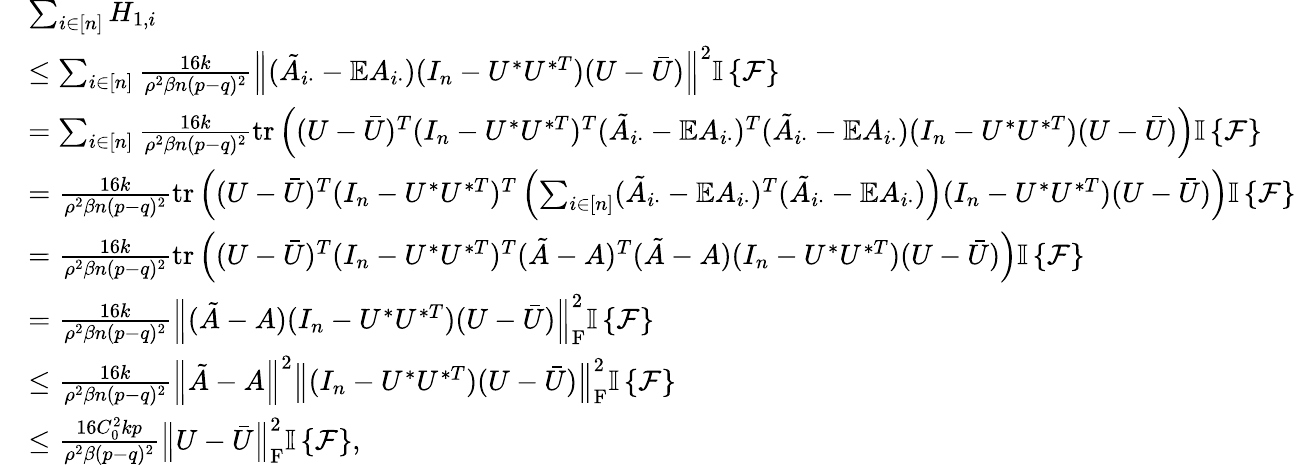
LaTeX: \begin{array}{rl}&{\sum_{i\in[n]}H_{1,i}}\\ &{\leq\sum_{i\in[n]}\frac{16k}{\rho^{2}\beta n(p-q)^{2}}\left\| {(\tilde{A}_{i\cdot}-\mathbb{E}A_{i\cdot})(I_{n}-U^{*}U^{*T})(U-\bar{U})}\right\| ^{2}{\mathbb{I}\left\{ {\mathcal{F}}\right\} }}\\ &{=\sum_{i\in[n]}\frac{16k}{\rho^{2}\beta n(p-q)^{2}}\mathrm{tr}\left((U-\bar{U})^{T}(I_{n}-U^{*}U^{*T})^{T}(\tilde{A}_{i\cdot}-\mathbb{E}A_{i\cdot})^{T}(\tilde{A}_{i\cdot}-\mathbb{E}A_{i\cdot})(I_{n}-U^{*}U^{*T})(U-\bar{U})\right){\mathbb{I}\left\{ {\mathcal{F}}\right\} }}\\ &{=\frac{16k}{\rho^{2}\beta n(p-q)^{2}}\mathrm{tr}\left((U-\bar{U})^{T}(I_{n}-U^{*}U^{*T})^{T}\left(\sum_{i\in[n]}(\tilde{A}_{i\cdot}-\mathbb{E}A_{i\cdot})^{T}(\tilde{A}_{i\cdot}-\mathbb{E}A_{i\cdot})\right)(I_{n}-U^{*}U^{*T})(U-\bar{U})\right){\mathbb{I}\left\{ {\mathcal{F}}\right\} }}\\ &{=\frac{16k}{\rho^{2}\beta n(p-q)^{2}}\mathrm{tr}\left((U-\bar{U})^{T}(I_{n}-U^{*}U^{*T})^{T}(\tilde{A}-A)^{T}(\tilde{A}-A)(I_{n}-U^{*}U^{*T})(U-\bar{U})\right){\mathbb{I}\left\{ {\mathcal{F}}\right\} }}\\ &{=\frac{16k}{\rho^{2}\beta n(p-q)^{2}}\left\| {(\tilde{A}-A)(I_{n}-U^{*}U^{*T})(U-\bar{U})}\right\| _{\mathrm{F}}^{2}{\mathbb{I}\left\{ {\mathcal{F}}\right\} }}\\ &{\leq\frac{16k}{\rho^{2}\beta n(p-q)^{2}}\left\| {\tilde{A}-A}\right\| ^{2}\left\| {(I_{n}-U^{*}U^{*T})(U-\bar{U})}\right\| _{\mathrm{F}}^{2}{\mathbb{I}\left\{ {\mathcal{F}}\right\} }}\\ &{\leq\frac{16C_{0}^{2}kp}{\rho^{2}\beta(p-q)^{2}}\left\| {U-\bar{U}}\right\| _{\mathrm{F}}^{2}{\mathbb{I}\left\{ {\mathcal{F}}\right\} },}\end{array}